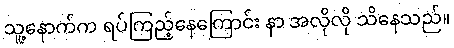
သူ့နောက်က ရပ်ကြည့်နေကြောင်း နာ အလိုလို သိနေသည်။